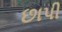
છાપી